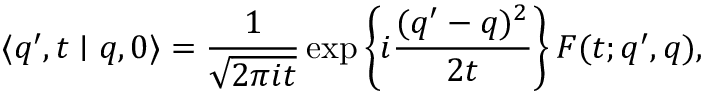
\langle q ^ { \prime } , t \mid q , 0 \rangle = \frac { 1 } { \sqrt { 2 \pi i t } } \exp \left\{ i \frac { ( q ^ { \prime } - q ) ^ { 2 } } { 2 t } \right\} F ( t ; q ^ { \prime } , q ) ,